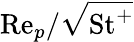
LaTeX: \mathrm{Re}_{p}/\sqrt{\mathrm{St}^{+}}